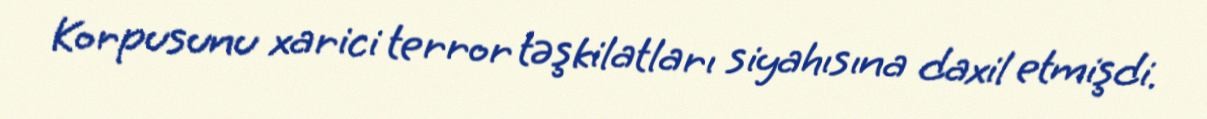
Korpusunu xarici terror təşkilatları siyahısına daxil etmişdi.